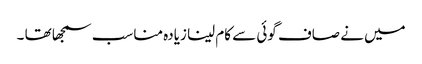
میں نے صاف گوئی سے کام لینا زیادہ مناسب سمجھا تھا ۔